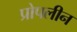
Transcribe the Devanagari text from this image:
प्रोपलीन